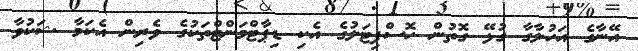
އޭނާގެ އަހުލާގާ ގުޅޭ ގޮތުން ހޮސްޕިޓަލުގެ އެކި ޑިޕާޓްމަންޓްތަކުގެ ވެރިން އެކަމާ ޝަކުވާ